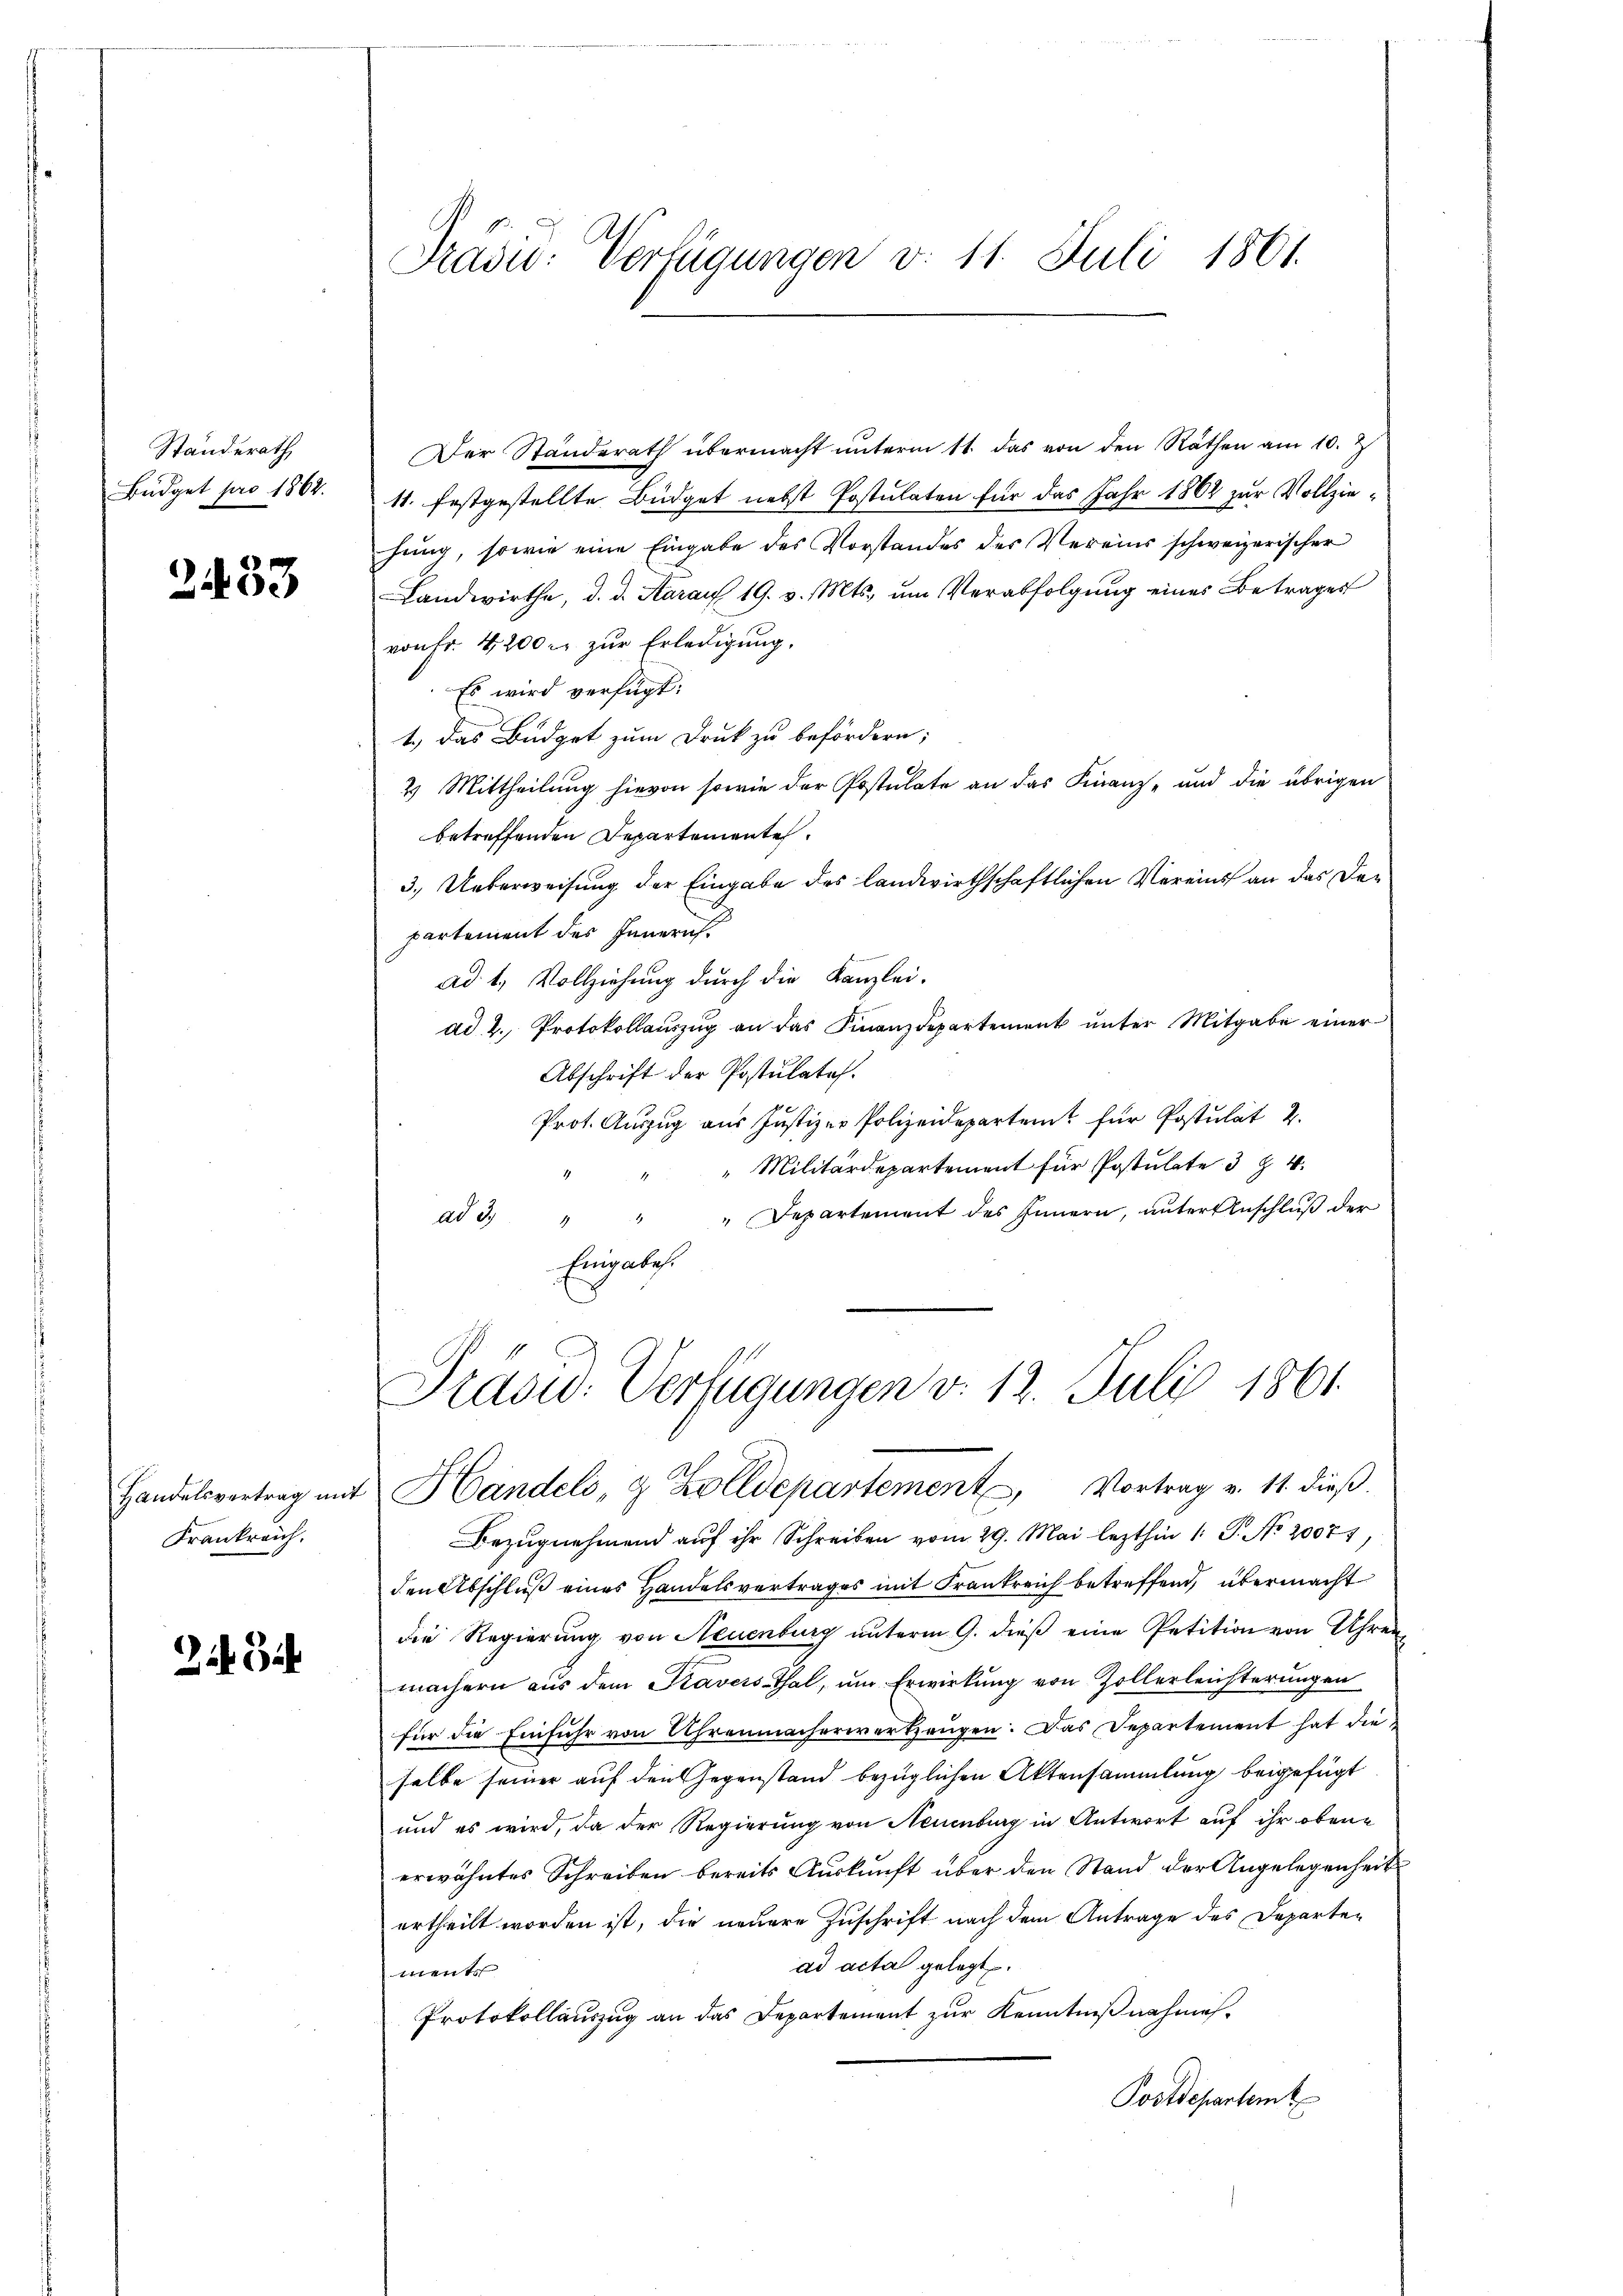
Ständerath
Büdget pro 1862.

2433

Handelsvertrag mit
Frankreich.

Zu Gu

Prädio: Verfügungen v. 11. Juli 1861.

Der Standerath übermacht unterm 11. das von den Räthen am 10. J
11. festgestellte Büdget nebst Postulaten für das Jahr 1862 zur Vollziehung, sowie eine Eingabe des Vorstandes des Vereins schweizerischer
Landwirthe, d. d. Karauf 19. v. Mts. um Verabfolgung eines Betrages
von Fr. 4,200 r. zur Erledigung,
Es wird verfügt:
1.) Das Büdget zum Druk zu befördern;
2) Mittheilung hievon sowie der Postulate an das Finanz- und die übrigen
betreffenden Departemente.
3.) Ueberweisung der Eingabe des landwirthschaftlichen Vereins an das Departement des Innern.
ad 1. Vollziehung durch die Kanzlei-
ad. 2. Protokollauszug an das Finanzdepartement unter Mitgabe einer
Abschrift der Postulates.
Prot. Aŭszŭg aŭs Justizer Polizeidepartent für Postulat 2.
"Militärdepartement für Postulate 3 § 4.
ad 3. " " " Departement des Innern, ŭnter Anschlŭβ der
Eingaben.
Präsid. Verfügungen v. 12. Juli 1861.
Handels, 9 Zolldepartement, Vortrag v. 11. dieß.
Bezugnehmend auf ihr Schreiben vom 29. Mai lezthin 1 S. No. 20071
den Abschluß eines Handelsvertrages mit Frankreich betreffend, übermacht
die Regierung von Neuenburg unterm 9. dieß eine Petition von Uhrer
machern aus dem Travess Thal, um Erwirkung von Zollerleichterungen
für die Einfuhr von Uhrenmacherwerkzeugen. Das Departement hat die
selbe seiner auf den Gegenstand bezüglichen Aktensammlung beigefügt
und es wird, da der Regierung von Neuenburg in Antwort auf ihr obene
erwähntes Schreiben bereits Auskunft über den Stand der Angelegenheit
urtheilt worden ist, die neuere Zuschrift nach dem Antrage des Departead acta gelegt.
ments
Protokollauszug an das Departement zur Kenntnißnahmes-
Postdepartemt